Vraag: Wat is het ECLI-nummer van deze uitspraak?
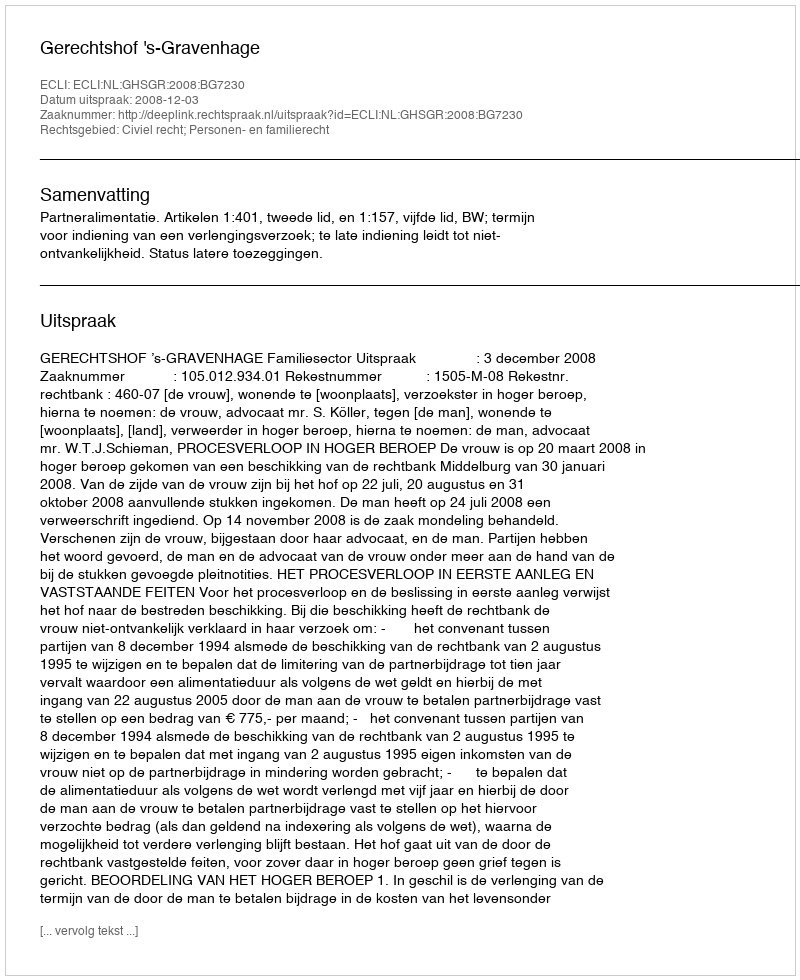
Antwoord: ECLI:NL:GHSGR:2008:BG7230